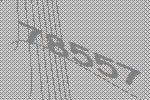
78557